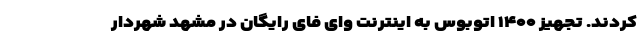
کردند. تجهیز ۱۴۰۰ اتوبوس‌ به اینترنت وای فای رایگان در مشهد شهردار